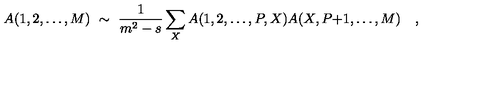
A ( 1 , 2 , \ldots , M ) \ \sim \ { \frac { 1 } { m ^ { 2 } - s } } \sum _ { X } A ( 1 , 2 , \ldots , P , X ) A ( X , P { + } 1 , \ldots , M ) \quad ,